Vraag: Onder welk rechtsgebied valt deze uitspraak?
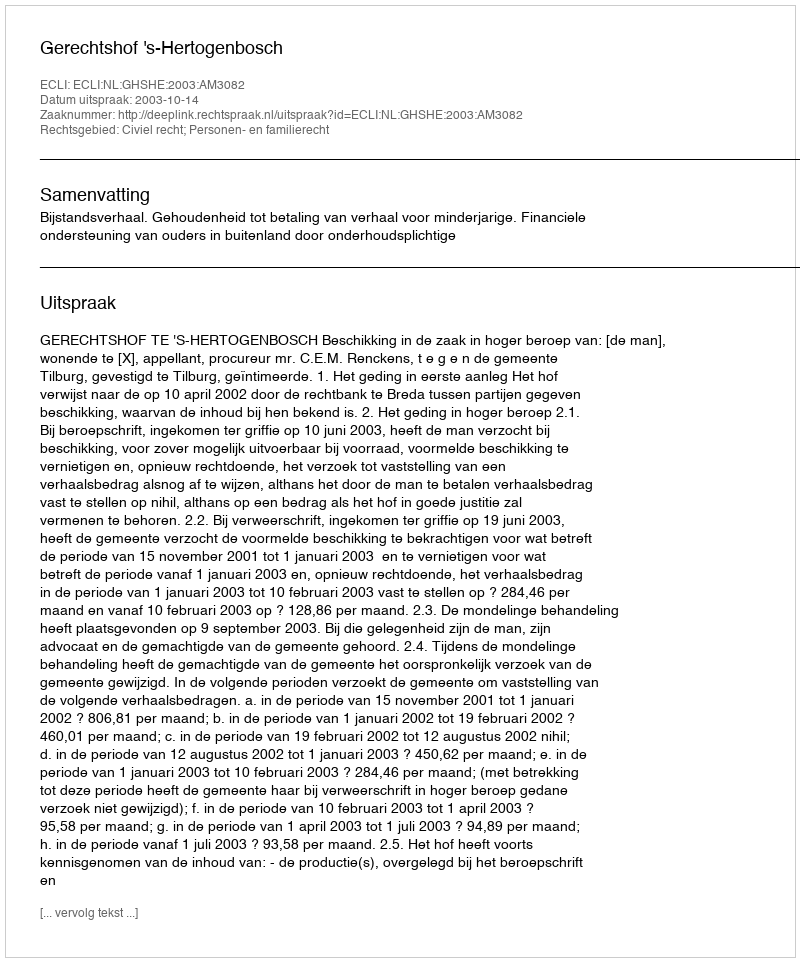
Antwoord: Civiel recht; Personen- en familierecht